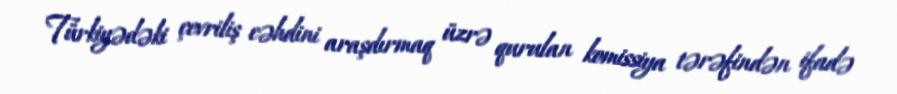
Türkiyədəki çevriliş cəhdini araşdırmaq üzrə qurulan komissiya tərəfindən ifadə